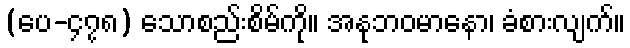
(ပေ-၄၇၈) သောစည်းစိမ်ကို။ အနုဘဝမာနော၊ ခံစားလျက်။